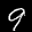
Label: 9